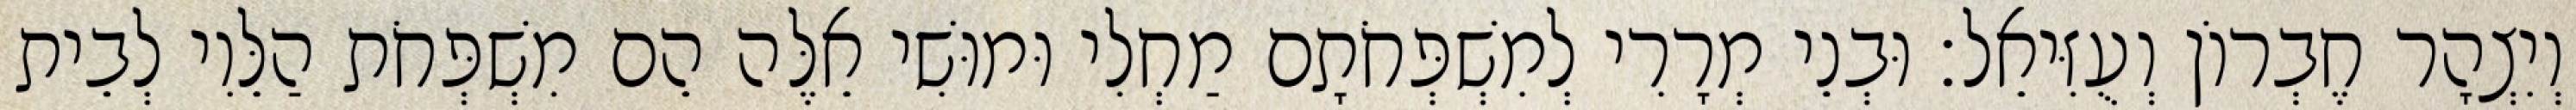
וְיִצְהָר חֶבְרוֹן וְעֻזִּיאֵל׃ וּבְנֵי מְרָרִי לְמִשְׁפְּחֹתָם מַחְלִי וּמוּשִׁי אֵלֶּה הֵם מִשְׁפְּחֹת הַלֵּוִי לְבֵית